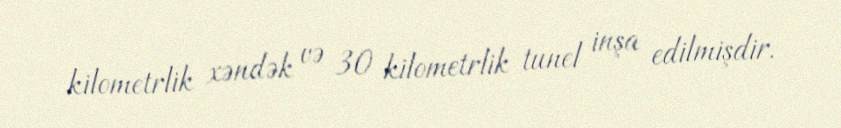
kilometrlik xəndək və 30 kilometrlik tunel inşa edilmişdir.